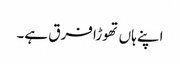
اپنے ہاں تھوڑا فرق ہے۔